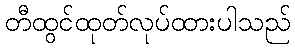
တီထွင်ထုတ်လုပ်ထားပါသည်